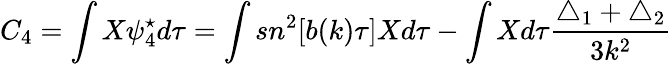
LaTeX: C_{4}=\int X\psi_{4}^{\star}d\tau=\int sn^{2}[b(k)\tau]Xd\tau-\int Xd\tau\frac{\triangle_{1}+\triangle_{2}}{3k^{2}}